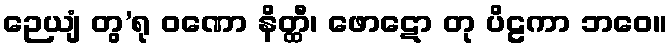
ဉေယျံ တွ’ရု ဝဏော နိတ္ထီ၊ ဖောဋော တု ပိဠကာ ဘဝေ။